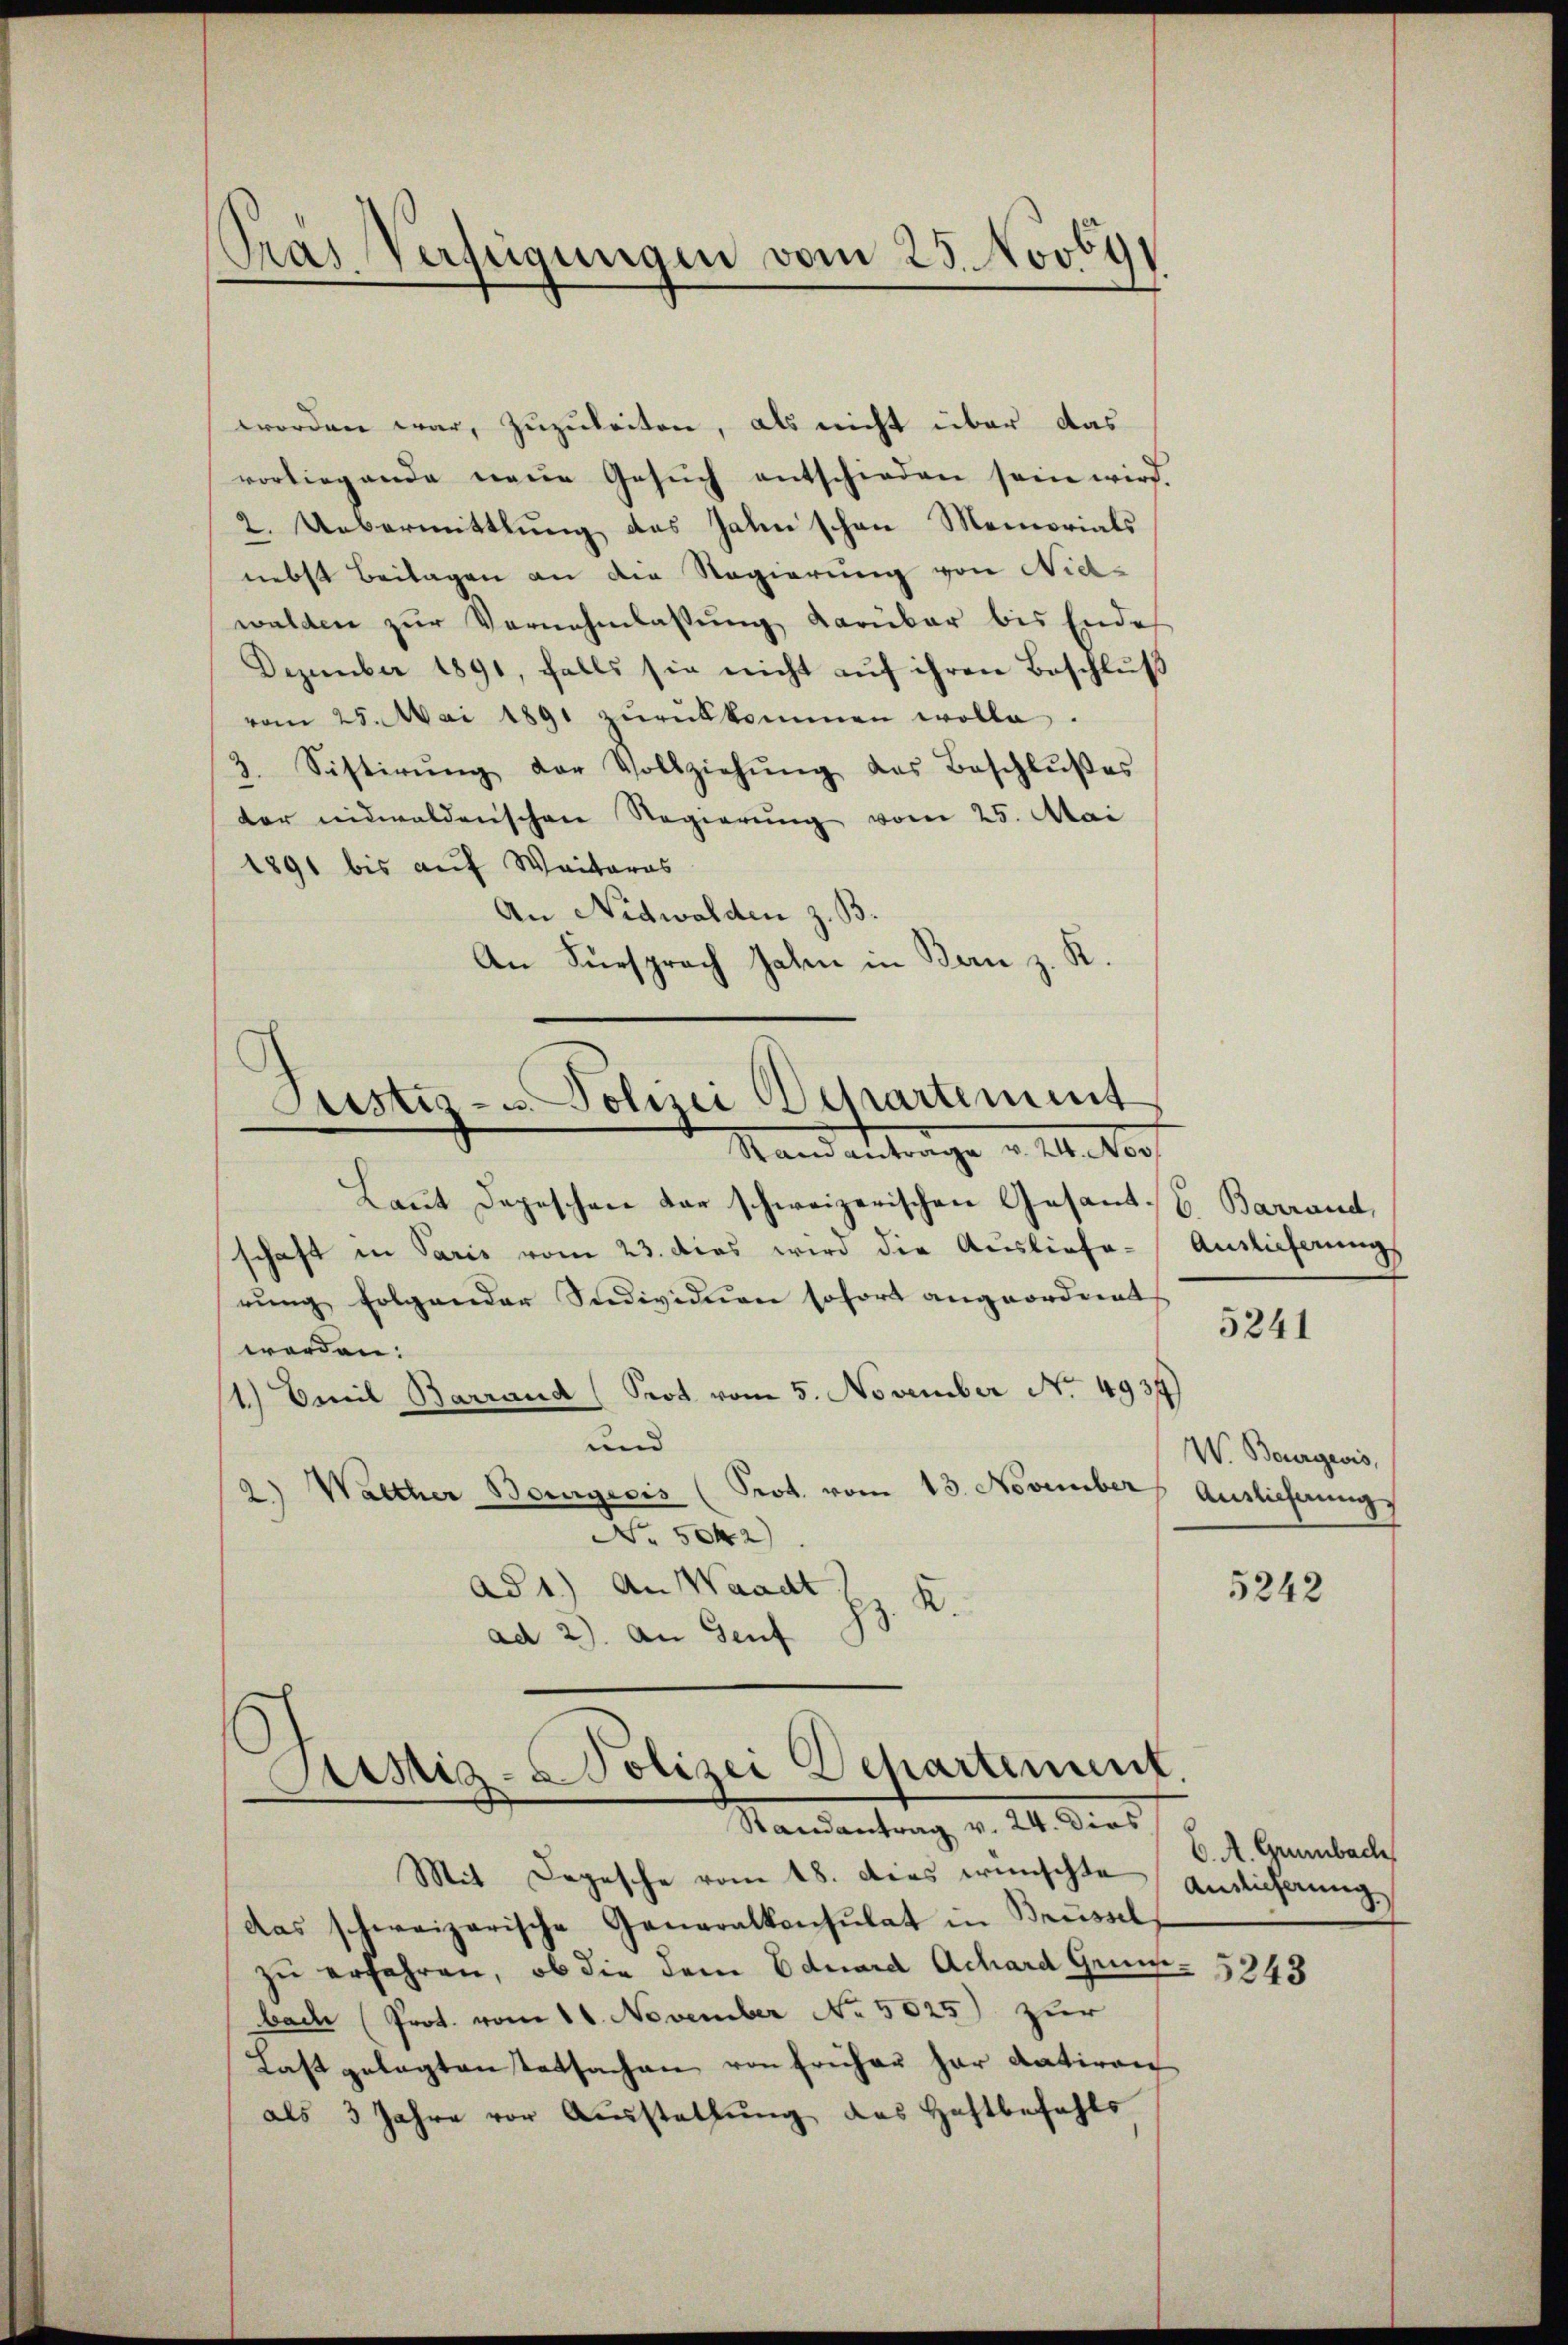
Pras Verfügungen vom 25. Novbys

worden war, zuzuleiten, als nicht über das
vorliegende neue Gesŭch entschieden sein wird.
2. Uebermittlung des Jahn schon Memorials
nebst Beilagen an die Regierung von Nid-
walden zur Vernehmlassung darüber bis Ende
Dezember 1891, falls sie nicht auf ihren Beschluß
vom 25. Mai 1891 zŭrükkommen wolle.
3. Sistirŭng der Vollziehŭng des Beschlŭβes
der indwalderischen Regierŭng vom 25. Mai
1891 bis auf Weiteres
An Nidwalden z. B.
An Fürsprach Jahn in Bern z. K.
Justiz- u. Polizei Departement
Stand antrache a M. Vor
Laut Depeschen der schweizerischen Gesant. Barrand,
schaft in Paris vom 23. dies wird die Ausliefe-Auslieferung
rŭng folgender Individuen sofort angeordnet
worden.
1.) Emil Barrand (Prot vom 5. November No. 4934
und
2.) Walther Bourgecis (Prot. vom 13. November
No. 5042)
ad 1.) An Waadt Hr. K.
ad 2). An Genf

ustiz-Polizei Departement
Randantrag v. 24. Dies

Mit Depesche vom 18. dies wünschte Antlicherung
das schweizerische Generalkonsulat in Brüssel
zu erfahren, ob die dem Eduard Achard Grun
bach (Prot. vom 11. November No. 5025) zur
Last gelegten Tatsachen von früher har datiren
als 3 Jahre vor Ausstellung des Haftbefehls

5241

W. Bourgeois,
Auslicherung

5242

C. A. Grünbach

5243